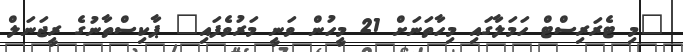
"މި ޓެރަރިސްޓް ހަމަލާގައި މިހާތަނަށް 21 މީހުން ވަނީ މަރުވެފައި" ޕާކިސްތާނުގެ ރީޖަނަލް